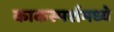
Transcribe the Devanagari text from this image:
काकस्पर्शमध्ये